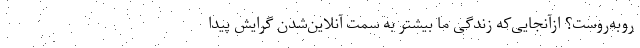
روبه‌روست؟ ازآنجایی‌که زندگی ما بیشتر به سمت آنلاین‌شدن گرایش پیدا